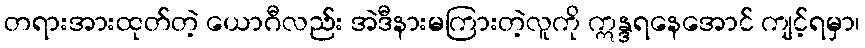
တရားအားထုတ်တဲ့ ယောဂီလည်း အဲဒီနားမကြားတဲ့လူကို ဣန္ဒရနေအောင် ကျင့်ရမှာ၊